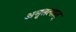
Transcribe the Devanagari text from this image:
अमृतत्वात्